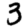
Digit: 3